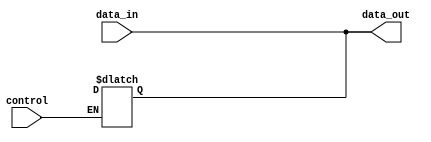
module tri_state_buffer (
    input wire data_in,
    input wire control,
    output reg data_out
);

    reg output_enable;

    // Input stage
    assign data_out = data_in;

    // Output stage
    always @(*) begin
        if (control) begin
            data_out = 1'bz; // High impedance state
            output_enable = 0;
        end else begin
            output_enable = 1;
        end
    end

    // Control logic stage
    always @(posedge control) begin
        if (control) begin
            output_enable <= 0;
        end else begin
            output_enable <= 1;
        end
    end

endmodule